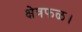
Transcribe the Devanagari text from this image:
क्षेत्रफळ।